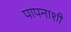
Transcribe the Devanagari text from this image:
पापनाशी